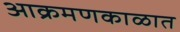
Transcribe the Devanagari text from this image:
आक्रमणकाळात